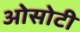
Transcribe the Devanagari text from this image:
ओसोटी